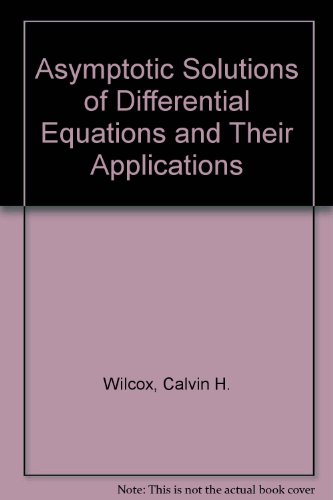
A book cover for Asymptotic Solutions of Differential Equations and Their Applications; Calvin H. Wilcox; Science & Math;